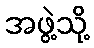
အဖွဲ့သို့